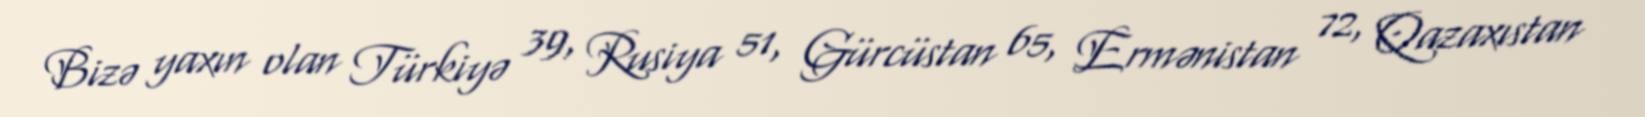
Bizə yaxın olan Türkiyə 39, Rusiya 51, Gürcüstan 65, Ermənistan 72, Qazaxıstan